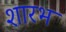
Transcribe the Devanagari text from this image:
शारभ